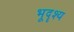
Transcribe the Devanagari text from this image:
भूदॄश्य